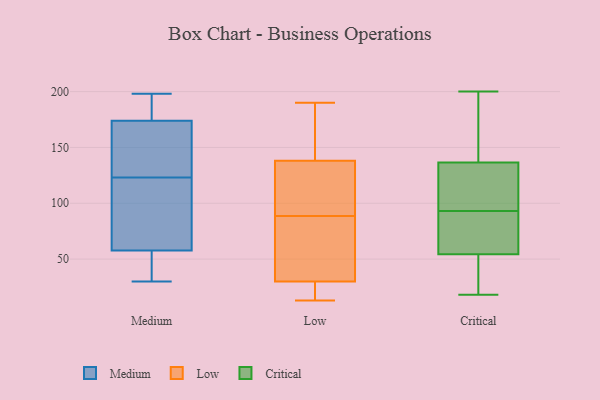
{"axis": {"x": "Operating Costs (USD K)", "y": "Value"}, "legend": ["Critical", "Low", "Medium"], "data": [{"x": "", "y": 198, "type": "Medium"}, {"x": "", "y": 31, "type": "Medium"}, {"x": "", "y": 192, "type": "Medium"}, {"x": "", "y": 135, "type": "Medium"}, {"x": "", "y": 104, "type": "Medium"}, {"x": "", "y": 168, "type": "Medium"}, {"x": "", "y": 30, "type": "Medium"}, {"x": "", "y": 78, "type": "Medium"}, {"x": "", "y": 176, "type": "Medium"}, {"x": "", "y": 123, "type": "Medium"}, {"x": "", "y": 51, "type": "Medium"}, {"x": "", "y": 190, "type": "Low"}, {"x": "", "y": 124, "type": "Low"}, {"x": "", "y": 20, "type": "Low"}, {"x": "", "y": 101, "type": "Low"}, {"x": "", "y": 142, "type": "Low"}, {"x": "", "y": 134, "type": "Low"}, {"x": "", "y": 56, "type": "Low"}, {"x": "", "y": 17, "type": "Low"}, {"x": "", "y": 40, "type": "Low"}, {"x": "", "y": 76, "type": "Low"}, {"x": "", "y": 18, "type": "Low"}, {"x": "", "y": 66, "type": "Low"}, {"x": "", "y": 13, "type": "Low"}, {"x": "", "y": 173, "type": "Low"}, {"x": "", "y": 177, "type": "Low"}, {"x": "", "y": 103, "type": "Low"}, {"x": "", "y": 54, "type": "Critical"}, {"x": "", "y": 114, "type": "Critical"}, {"x": "", "y": 64, "type": "Critical"}, {"x": "", "y": 138, "type": "Critical"}, {"x": "", "y": 27, "type": "Critical"}, {"x": "", "y": 56, "type": "Critical"}, {"x": "", "y": 170, "type": "Critical"}, {"x": "", "y": 200, "type": "Critical"}, {"x": "", "y": 118, "type": "Critical"}, {"x": "", "y": 132, "type": "Critical"}, {"x": "", "y": 25, "type": "Critical"}, {"x": "", "y": 143, "type": "Critical"}, {"x": "", "y": 178, "type": "Critical"}, {"x": "", "y": 93, "type": "Critical"}, {"x": "", "y": 56, "type": "Critical"}, {"x": "", "y": 55, "type": "Critical"}, {"x": "", "y": 120, "type": "Critical"}, {"x": "", "y": 18, "type": "Critical"}, {"x": "", "y": 44, "type": "Critical"}]}